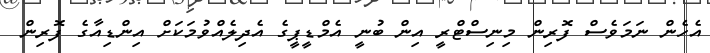
އެހެން ނަމަވެސް ފޮރިން މިނިސްޓްރީ އިން ބުނީ އެމްޑީޕީގެ އެދިލެއްވުމަކަށް އިންޑިއާގެ ފޮރިން